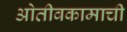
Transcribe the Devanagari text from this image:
ओतीवकामाची